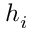
h _ { i }